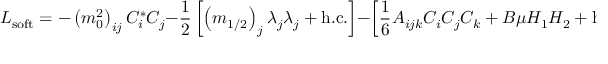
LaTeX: { \cal L } _ { \mathrm { s o f t } } = - \left( m _ { 0 } ^ { 2 } \right) _ { i j } C _ { i } ^ { * } C _ { j } - \frac { 1 } { 2 } \left[ \left( m _ { 1 / 2 } \right) _ { j } \lambda _ { j } \lambda _ { j } + \mathrm { h . c . } \right] - \left[ \frac { 1 } { 6 } A _ { i j k } C _ { i } C _ { j } C _ { k } + B \mu H _ { 1 } H _ { 2 } + \mathrm { h . c . } \right]